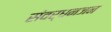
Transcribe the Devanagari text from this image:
संवर्धनजन